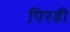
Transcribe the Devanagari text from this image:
पिरडी